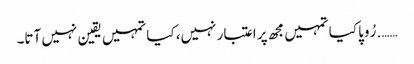
……. رُوپا کیا تمہیں مجھ پر اعتبار نہیں، کیا تمہیں یقین نہیں آتا۔